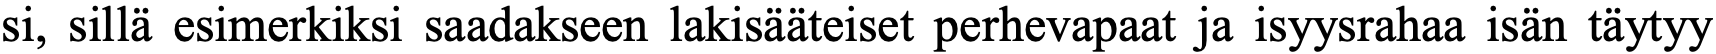
si, sillä esimerkiksi saadakseen lakisääteiset perhevapaat ja isyysrahaa isän täytyy